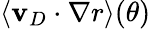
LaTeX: \langle\mathbf{v}_{D}\cdot\nabla r\rangle(\theta)